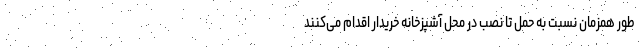
طور همزمان نسبت به حمل تا نصب در محل آشپزخانه خریدار اقدام می‌کنند